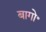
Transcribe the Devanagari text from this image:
बागो॰